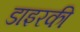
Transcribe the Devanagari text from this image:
डाइरकी